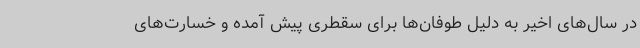
در سال‌های اخیر به دلیل طوفان‌ها برای سقطری پیش آمده و خسارت‌های